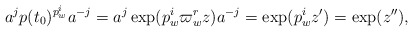
\begin{align*} a^j p(t_0)^{p_w^i} a^{-j}=a^j\exp(p_w^{i}\varpi_w^rz)a^{-j}=\exp(p_w^i z')=\exp(z''),\end{align*}